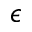
\epsilon